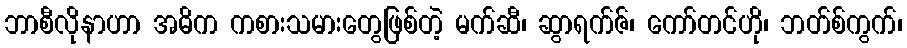
ဘာစီလိုနာဟာ အဓိက ကစားသမားတွေဖြစ်တဲ့ မက်ဆီ၊ ဆွာရက်ဇ်၊ ကော်တင်ဟို၊ ဘတ်စ်ကွက်၊